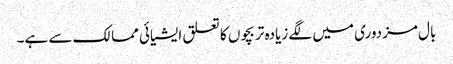
بال مزدوری میں لگے زیادہ تر بچوں کا تعلق ایشیائی ممالک سے ہے۔